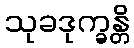
သုခဒုက္ခန္တိ